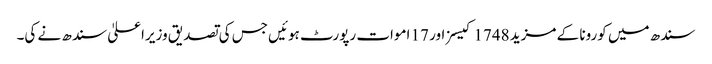
سندھ میں کورونا کے مزید 1748 کیسز اور 17 اموات رپورٹ ہوئیں جس کی تصدیق وزیراعلیٰ سندھ نے کی۔